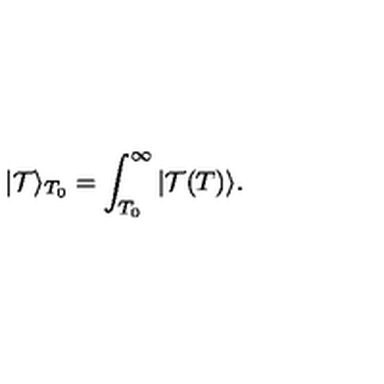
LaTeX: | \mathcal { T } \rangle _ { T _ { 0 } } = \int _ { T _ { 0 } } ^ { \infty } | \mathcal { T } ( T ) \rangle .